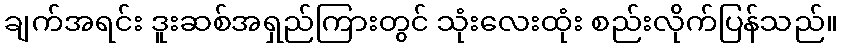
ချက်အရင်း ဒူးဆစ်အရှည်ကြားတွင် သုံးလေးထုံး စည်းလိုက်ပြန်သည်။